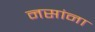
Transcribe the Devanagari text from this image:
नसांना